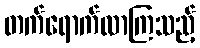
တက်ရောက်လာကြသည့်